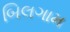
બિલગામ